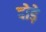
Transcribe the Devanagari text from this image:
दोड़े